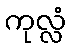
ကုလ္လံ